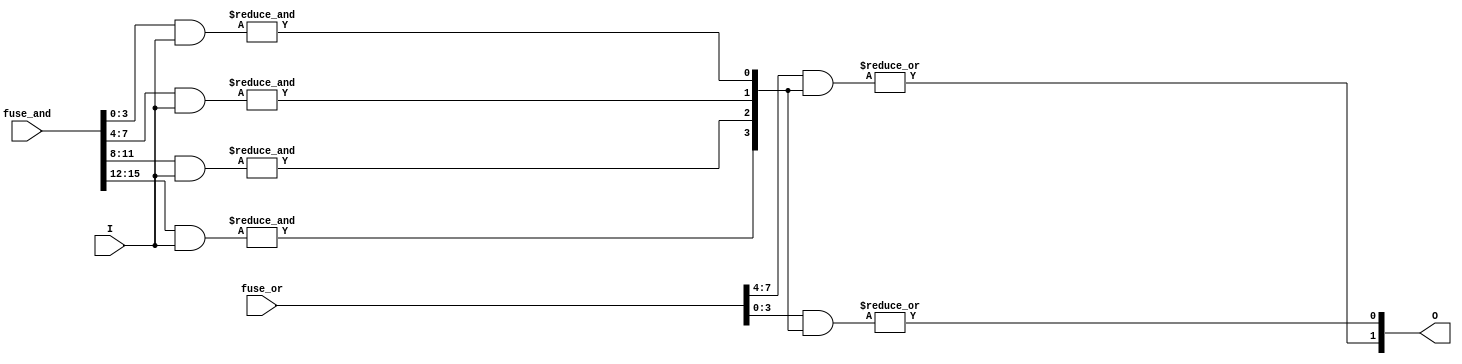
module PLA #(
    parameter N = 4, // Number of inputs
    parameter M = 4, // Number of AND gates
    parameter K = 2  // Number of OR gates
)(
    input [N-1:0] I,          // Input signals
    input [M*N-1:0] fuse_and, // Fuse connections for AND gates
    input [M*K-1:0] fuse_or,  // Fuse connections for OR gates
    output [K-1:0] O          // Output signals
);

    // Intermediate product terms from AND gates
    wire [M-1:0] P; // Product terms

    // Generate AND gates based on fuse connections
    genvar i, j;
    generate
        for (i = 0; i < M; i = i + 1) begin : and_gates
            assign P[i] = &({fuse_and[i*N +: N] & I}); // AND gate logic
        end
    endgenerate

    // Final outputs from OR gates
    generate
        for (j = 0; j < K; j = j + 1) begin : or_gates
            assign O[j] = |({fuse_or[j*M +: M] & P}); // OR gate logic
        end
    endgenerate

endmodule